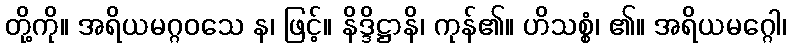
တို့ကို။ အရိယမဂ္ဂဝသေ န၊ ဖြင့်။ နိဒ္ဒိဋ္ဌာနိ၊ ကုန်၏။ ဟိသစ္စံ၊ ၏။ အရိယမဂ္ဂေါ၊